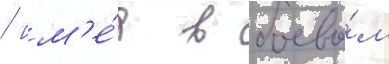
/ им'е́я в боево́м